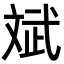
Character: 斌